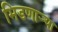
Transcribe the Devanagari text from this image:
भिडणार्‍या